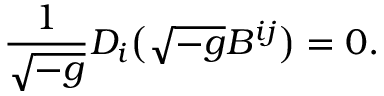
\frac { 1 } { \sqrt { - g } } D _ { i } \bigl ( \sqrt { - g } B ^ { i j } \bigr ) = 0 .